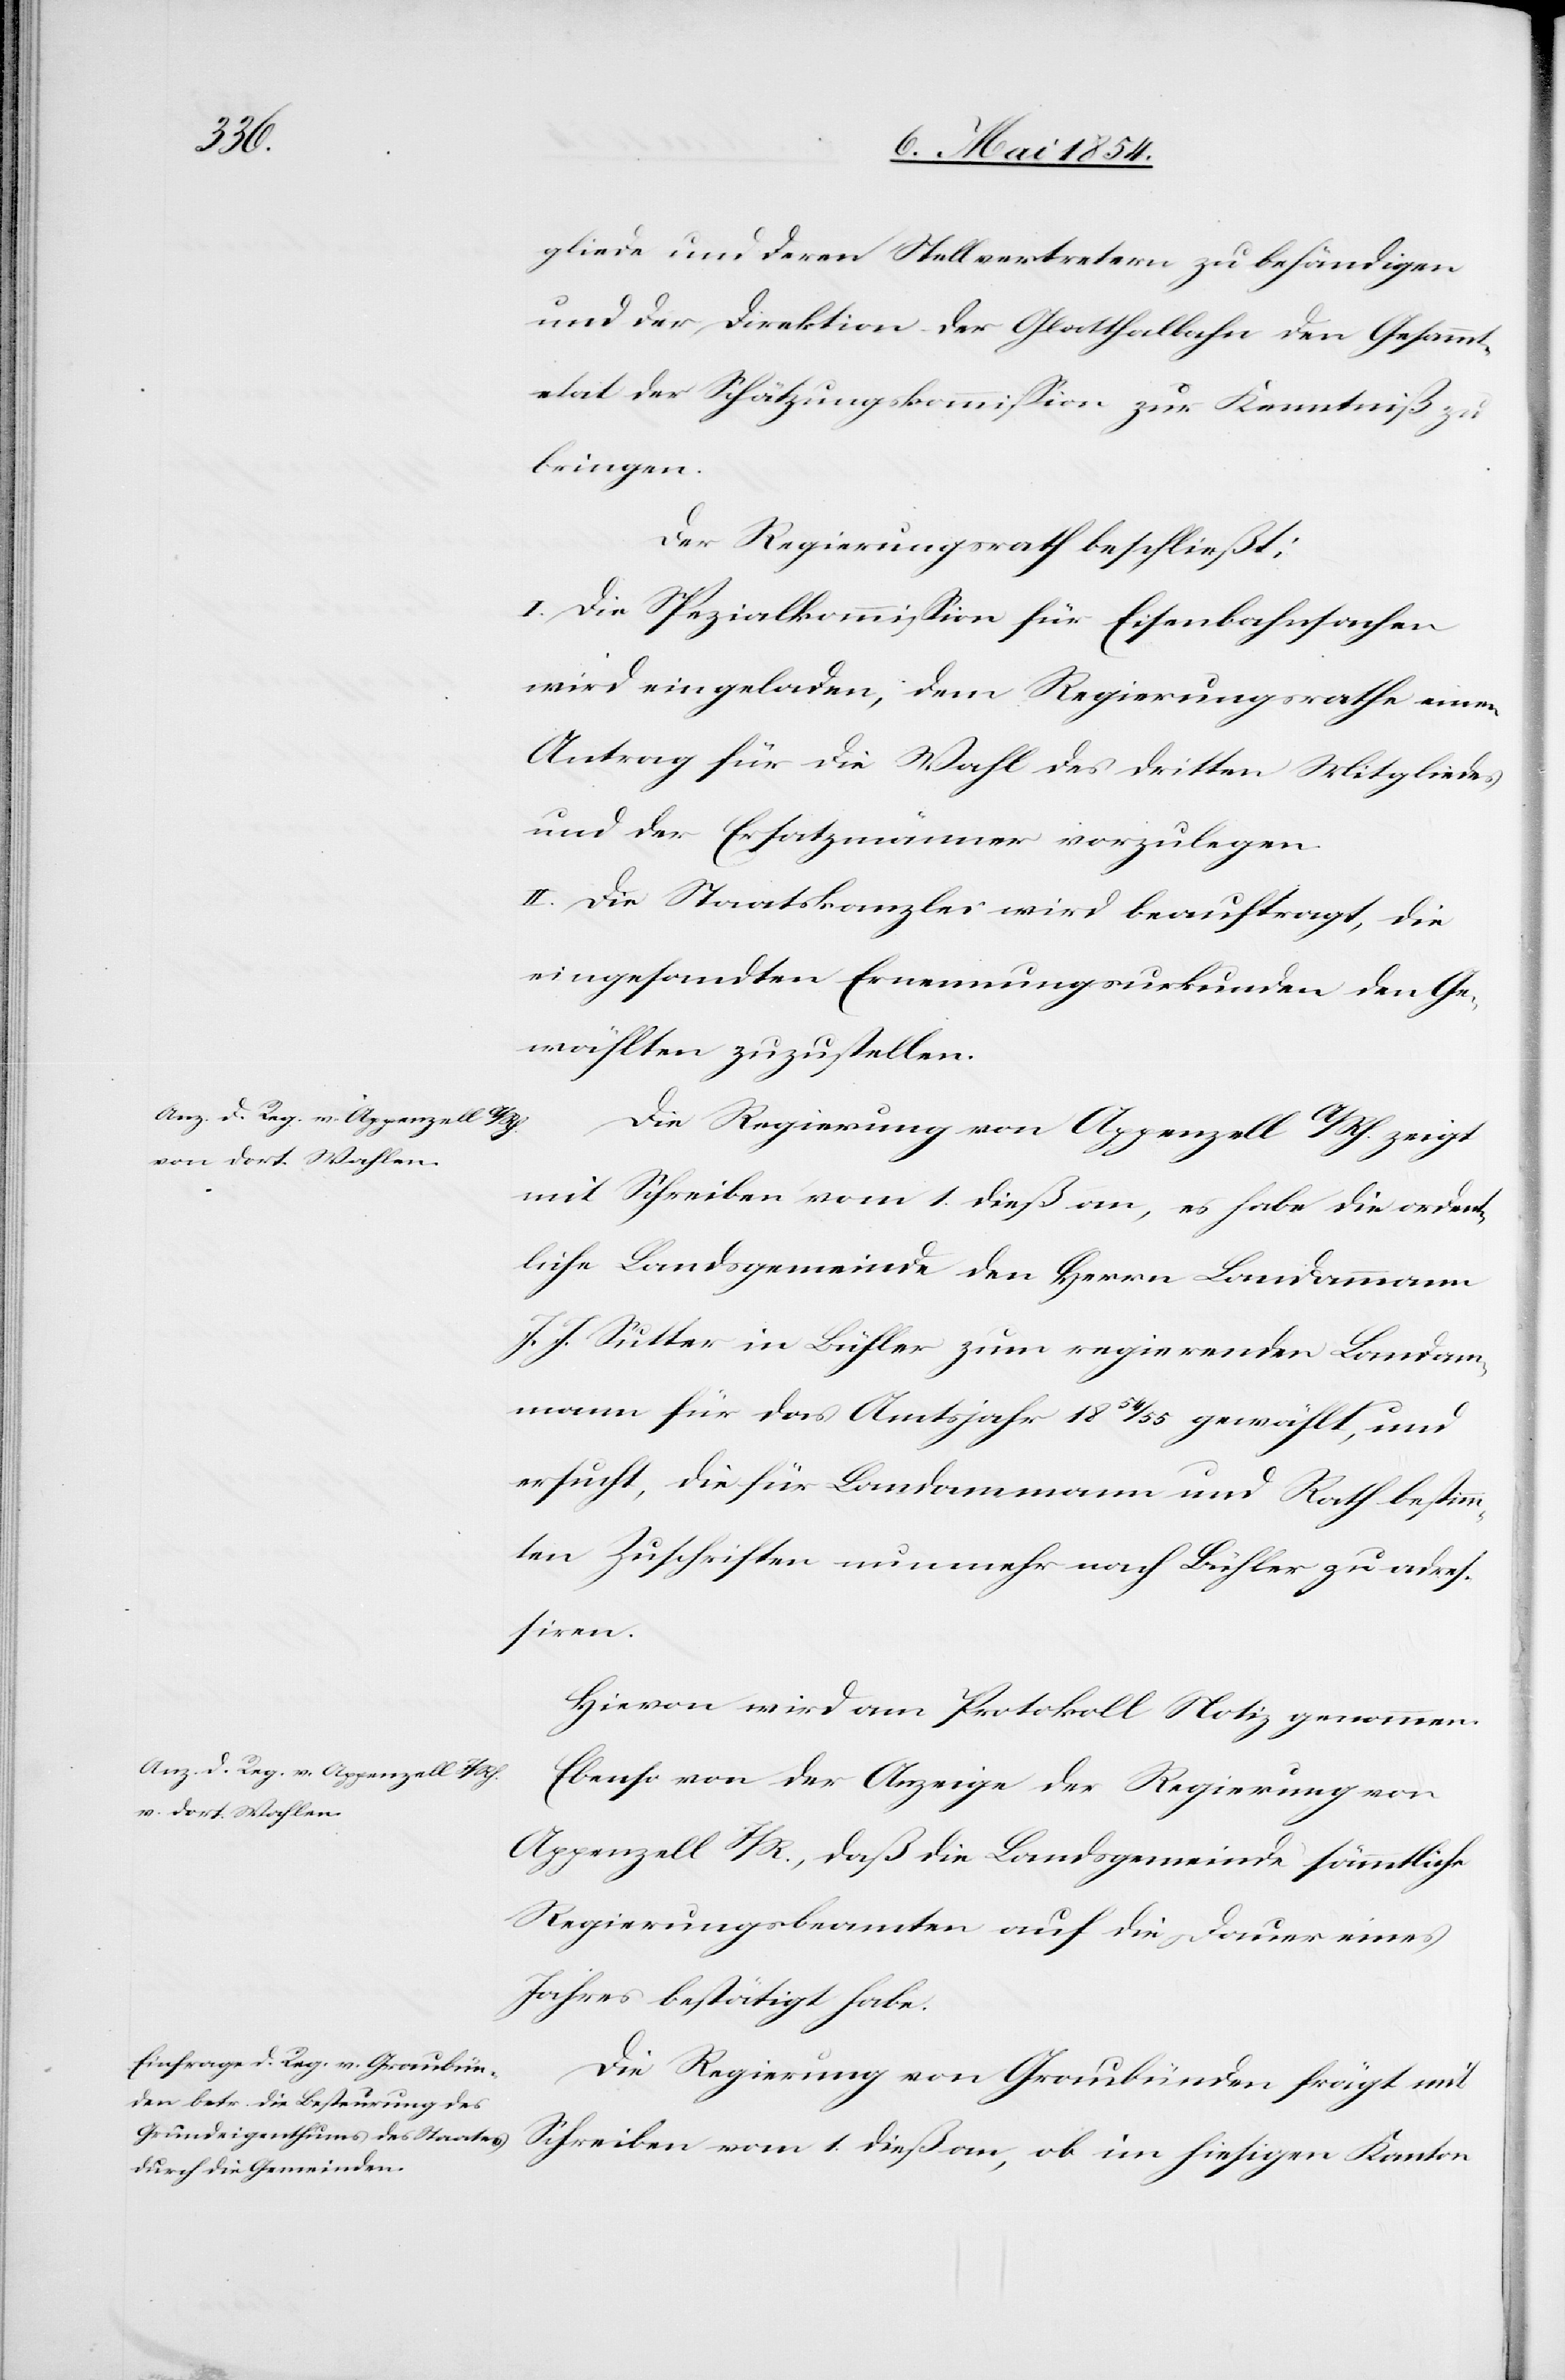
gliede und deren Stellvertretern zu behändigen
und der Direktion der Glatthalbahn den Gesammt¬
etat der Schätzungskommißion zur Kenntniß zu
bringen.
Der Regierungsrath beschließt:
I. Die Spezialkommißion für Eisenbahnsachen
wird eingeladen, dem Regierungsrathe einen
Antrag für die Wahl des dritten Mitgliedes
und der Ersatzmänner vorzulegen.
II. Die Staatskanzlei wird beauftragt, die
eingesandten Ernennungsurkunden den Ge¬
wählten zuzustellen.
Die Regierung von Appenzell A/Rh. zeigt
mit Schreiben vom 1. dieß an, es habe die ordent¬
liche Landsgemeinde den Herrn Landammann
J. J. Sutter in Bühler zum regierenden Landam¬
mann für das Amtsjahr 1854/55 gewählt, und
ersucht, die für Landammann und Rath bestimm¬
ten Zuschriften nunmehr nach Bühler zu adreß¬
iren.
Hievon wird am Protokoll Notiz genommen.
Ebenso von der Anzeige der Regierung von
Appenzell I/R., daß die Landsgemeinde sämmtliche
Regierungsbeamten auf die Dauer eines
Jahres bestätigt habe.
Die Regierung von Graubünden frägt mit
Schreiben vom 1. dieß an, ob im hiesigen Kanton